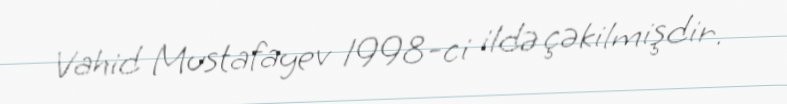
Vahid Mustafayev 1998-ci ildə çəkilmişdir.